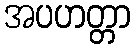
အပဟတ္တာ